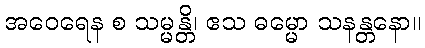
အဝေရေန စ သမ္မန္တိ၊ ဧသ ဓမ္မော သနန္တနော။